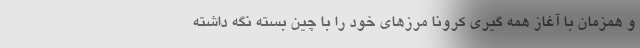
و همزمان با آغاز همه گیری کرونا مرزهای خود را با چین بسته نگه داشته